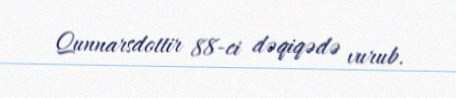
Qunnarsdottir 88-ci dəqiqədə vurub.